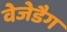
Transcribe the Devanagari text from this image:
वेजेडैग